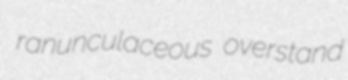
ranunculaceous overstand